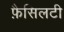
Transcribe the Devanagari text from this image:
फ़ैसिलटी